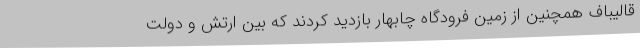
قالیباف همچنین از زمین فرودگاه چابهار بازدید کردند که بین ارتش و دولت